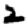
Digit: 2